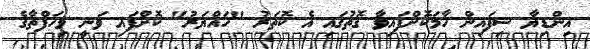
އިންޑިޔާ ސިފައިން ހާމަކޮށްފައިވާ ގޮތުގައި އެ ކޮތަރު "ހައްޔަރު" ކޮށްފައި ވަނީ މިހަފްތާގެ